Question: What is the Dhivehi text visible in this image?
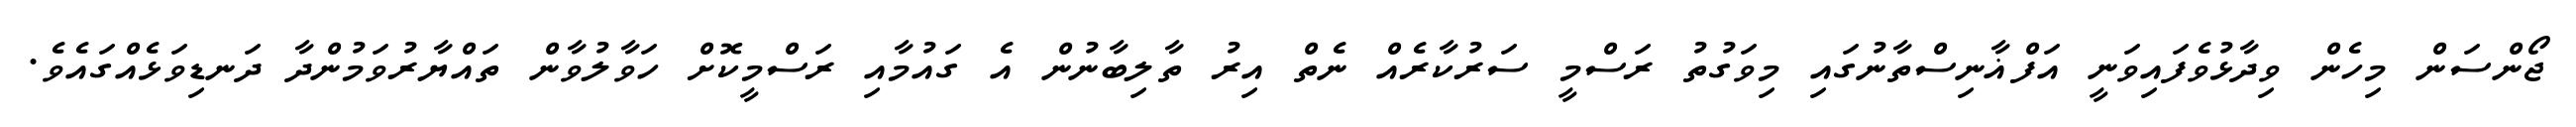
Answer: ޖޯންސަން މިހެން ވިދާޅުވެފައިވަނީ އަފްޣާނިސްތާނުގައި މިވަގުތު ރަސްމީ ސަރުކާރެއް ނެތް އިރު ތާލިބާނުން އެ ގައުމާއި ރަސްމީކޮށް ހަވާލުވާން ތައްޔާރުވަމުންދާ ދަނޑިވަޅެއްގައެވެ.